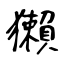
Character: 獺